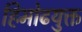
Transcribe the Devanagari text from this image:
हिमोढयुक्त